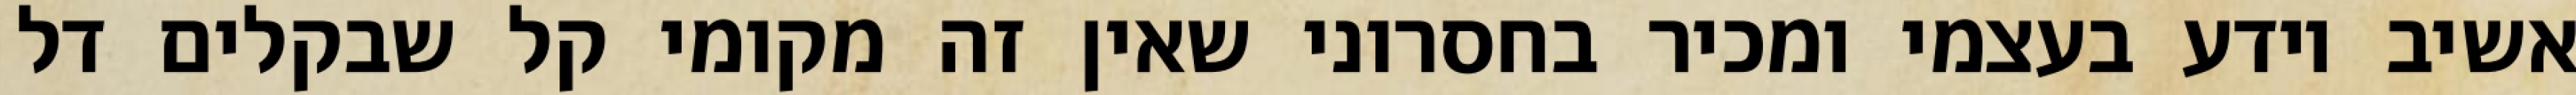
אשיב יודע בעצמי ומכיר בחסרוני שאין זה מקומי קל שבקלים דל